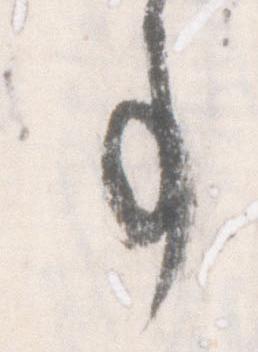
事